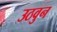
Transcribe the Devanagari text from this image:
उठवुन